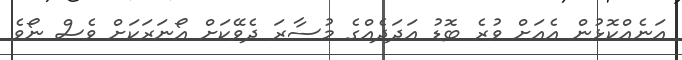
އަނެއްކޮޅުން އެއަށް ވުރެ ބޮޑު އަދަދެއްގެ މުސާރަ ދެވޭކަށް އޯނަރަކަށް ވެސް ނޯވެ